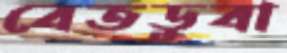
বেতডুবা